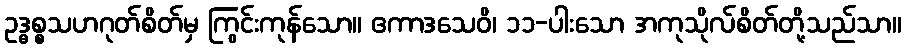
ဥဒ္ဓစ္စသဟဂုတ်စိတ်မှ ကြွင်းကုန်သော။ ဧကာဒသေဝိ၊ ၁၁-ပါးသော အကုသိုလ်စိတ်တို့သည်သာ။